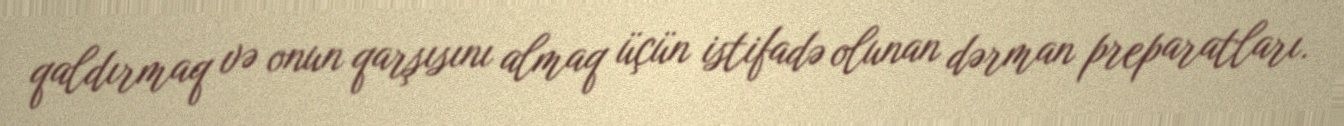
qaldırmaq və onun qarşısını almaq üçün istifadə olunan dərman preparatları.